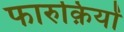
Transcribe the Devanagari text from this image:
फारुक़ियों